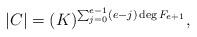
LaTeX: \begin{align*} |C|=(K)^{\sum_{j=0}^{e-1}(e-j)\deg F_{e+1}},\end{align*}